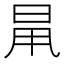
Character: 𣆎